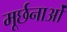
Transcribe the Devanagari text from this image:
मूर्छनाओं